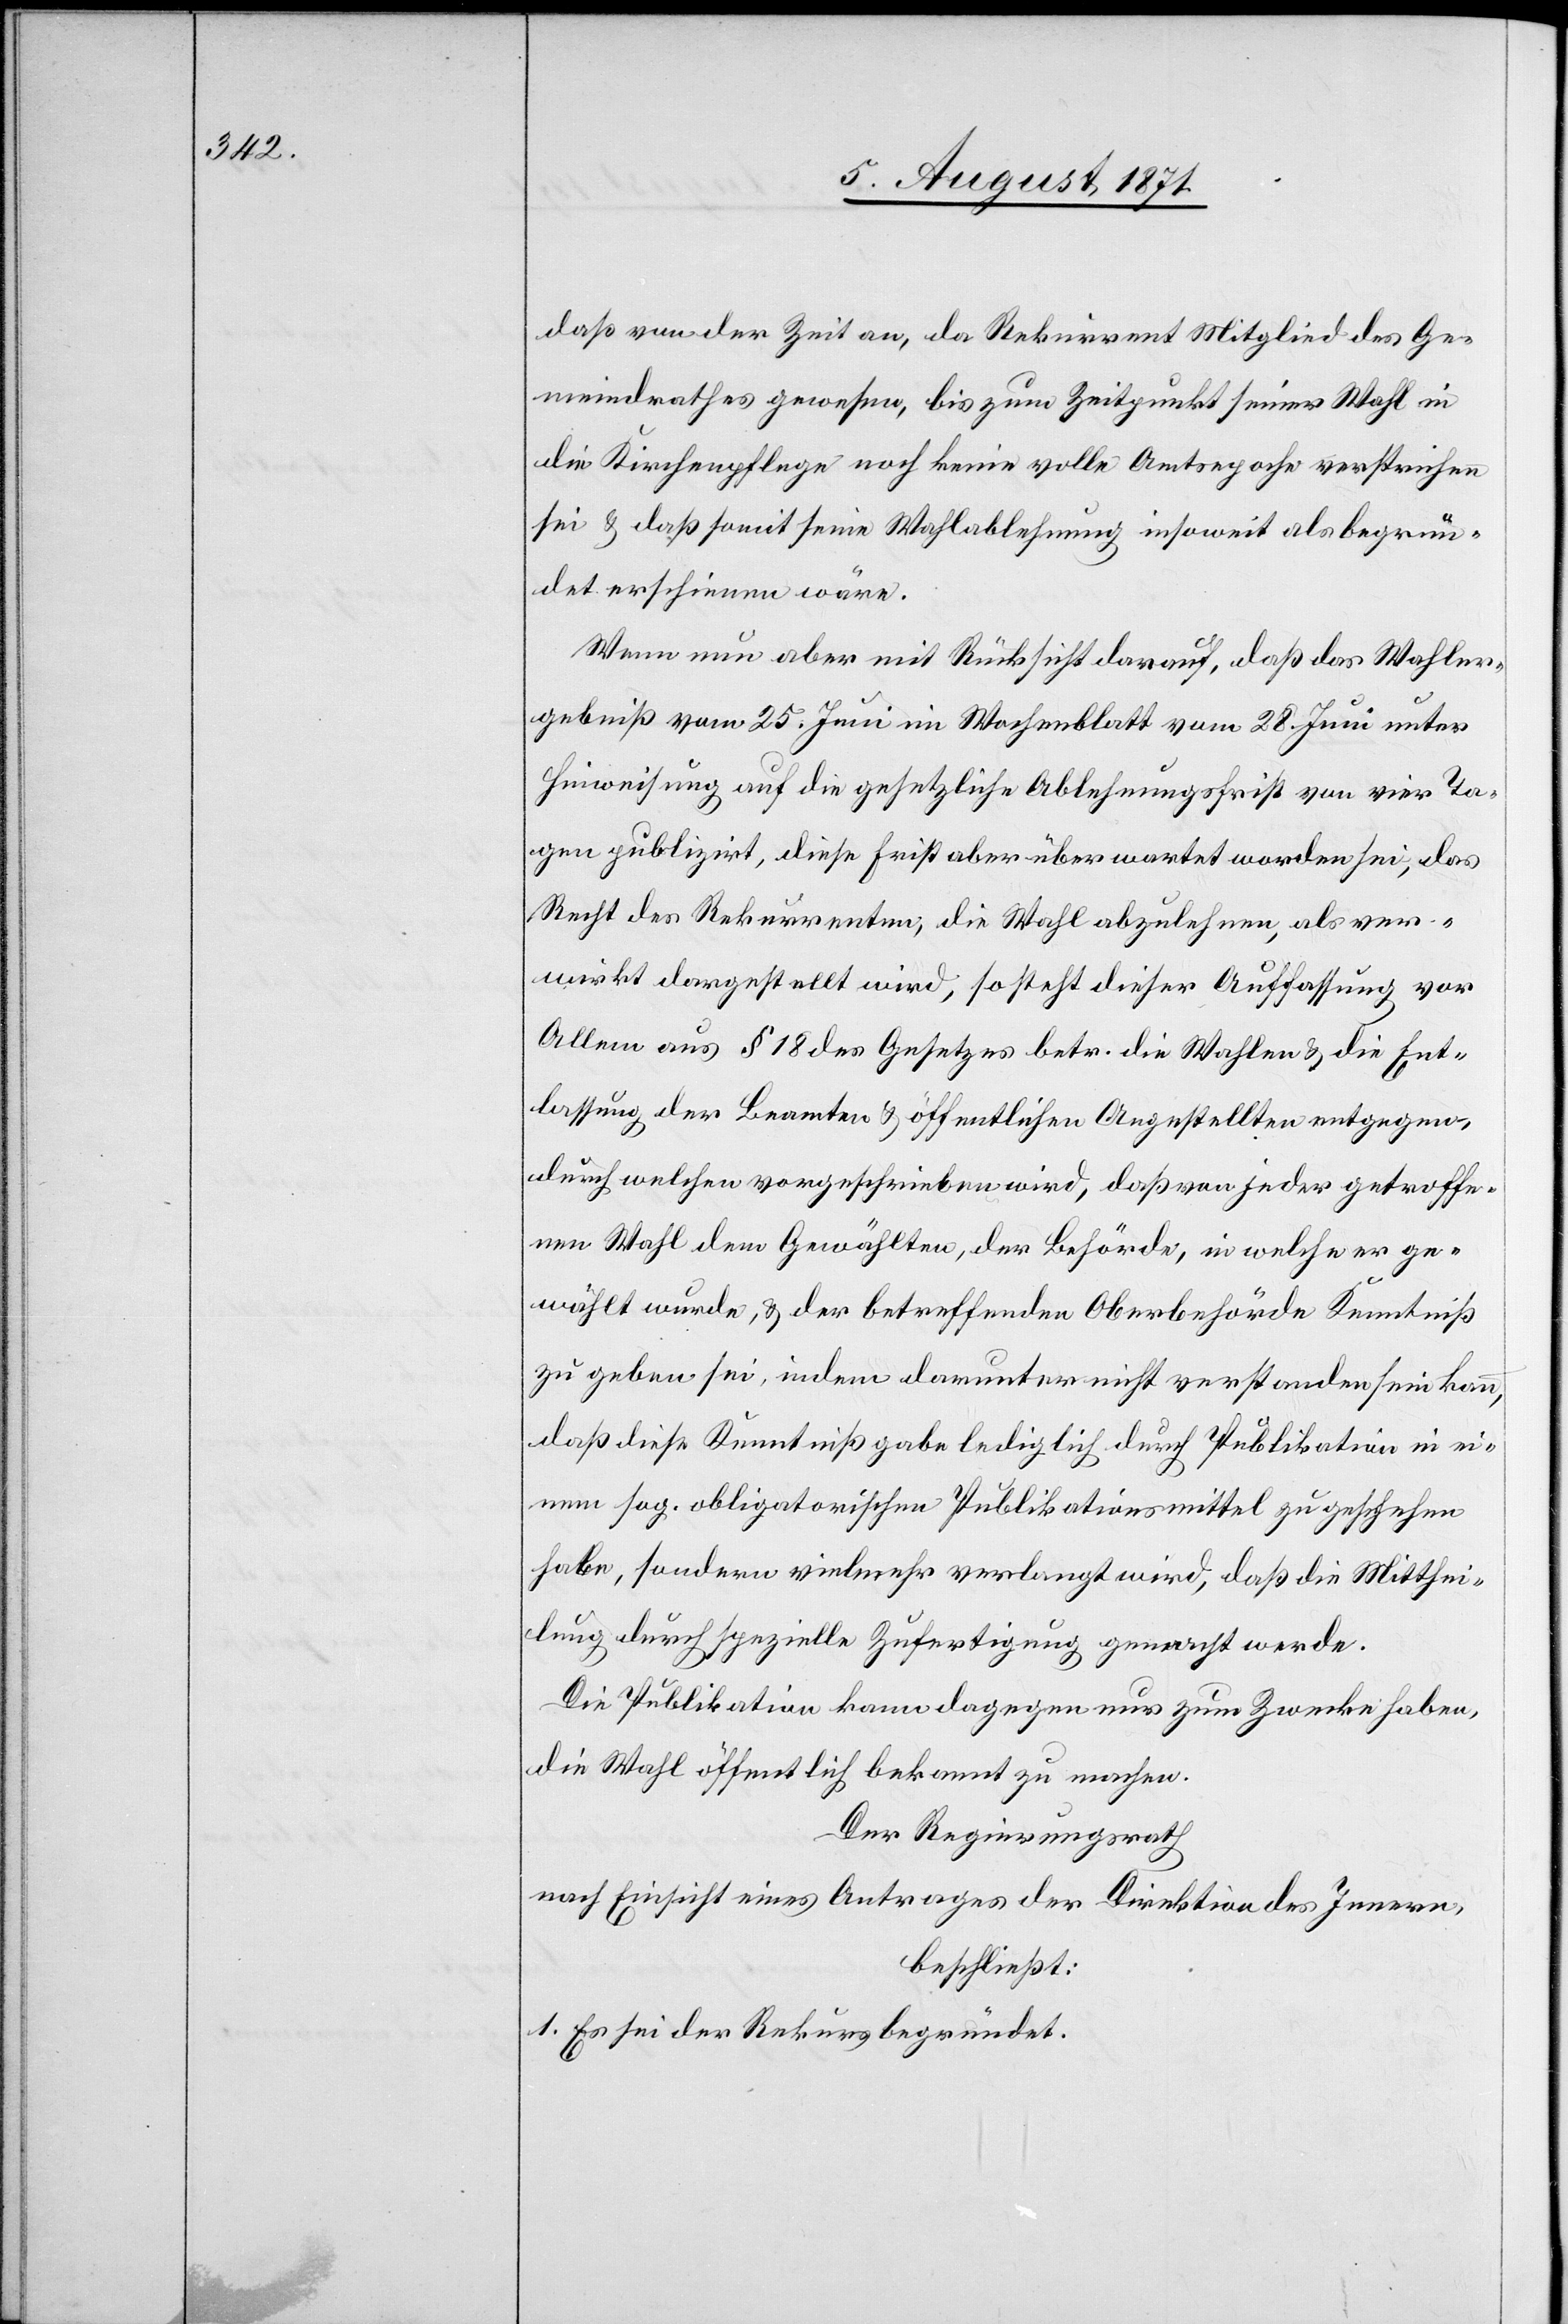
daß von der Zeit an, da Rekurrent Mitglied des Ge¬
meindrathes gewesen, bis zum Zeitpunkt seiner Wahl in
die Kirchenpflege noch keine volle Amtsepoche verstrichen
sei u. daß somit seine Wahlablehnung insoweit als begrün¬
det erschienen wäre.
Wenn nun aber mit Rücksicht darauf, daß das Wahler¬
gebniß vom 25. Juni im Wochenblatt vom 28. Juni unter
Hinweisung auf die gesetzliche Ablehnungsfrist von vier Ta¬
gen publizirt, diese Frist aber über wartet worden sei, das
Recht des Rekurrenten, die Wahl abzulehnen, als ver¬
wirkt dargestellt wird, so steht dieser Auffassung vor
Allem aus § 18 des Gesetzes betr. die Wahlen u. die Ent¬
lassung der Beamten u. öffentlichen Angestellten entgegen,
durch welche vorgeschrieben wird, daß von jeder getroffe¬
nen Wahl dem Gewählten, der Behörde, in welche er ge¬
wählt wurde, u. der betreffenden Oberbehörde Kenntniß
zu geben sei, indem darunter nicht verstanden sein kann,
daß diese Kenntnißgabe lediglich durch Publikation in ei¬
nem sog. obligatorischen Publikationsmittel zu geschehen
habe, sondern vielmehr verlangt wird, daß die Mitthei¬
lung durch spezielle Zufertigung gemacht werde.
Die Publikation kann dagegen nur zum Zwecke haben,
die Wahl öffentlich bekannt zu machen.
Der Regierungsrath
nach Einsicht eines Antrages der Direktion des Innern,
beschließt:
1. Es sei der Rekurs begründet.